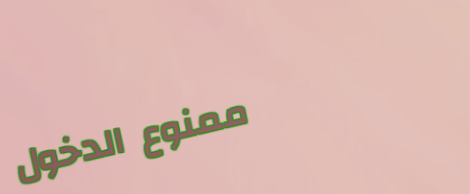
ممنوع الدخول